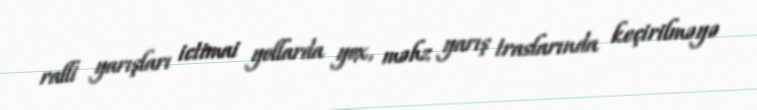
ralli yarışları ictimai yollarda yox, məhz yarış traslarında keçirilməyə